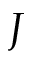
J